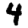
Digit: 4